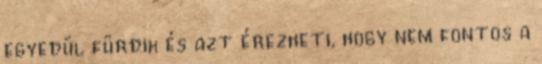
egyedül fürdik és azt érezheti, hogy nem fontos a